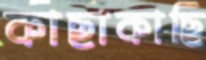
কাছাকাছি